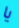
يا